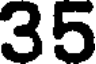
35